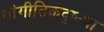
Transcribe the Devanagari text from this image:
सांगीतिकदृष्ट्या